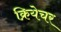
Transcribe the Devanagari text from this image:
क्रियेचर